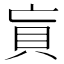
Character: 𰶲